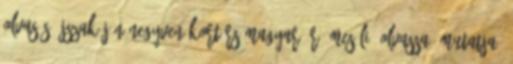
Olvasás Éjszakáján negyven kortárs magyar író meséli, olvassa, mutatja,